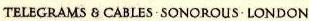
TELEGRAMS&CABLES·SONOROUS·LONDON